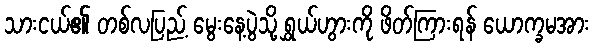
သားငယ်၏ တစ်လပြည့် မွေးနေ့ပွဲသို့ ရွှယ်ဟွားကို ဖိတ်ကြားရန် ယောက္ခမအား